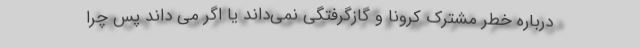
درباره خطر مشترک کرونا و گازگرفتگی نمی‌داند یا اگر می داند پس چرا